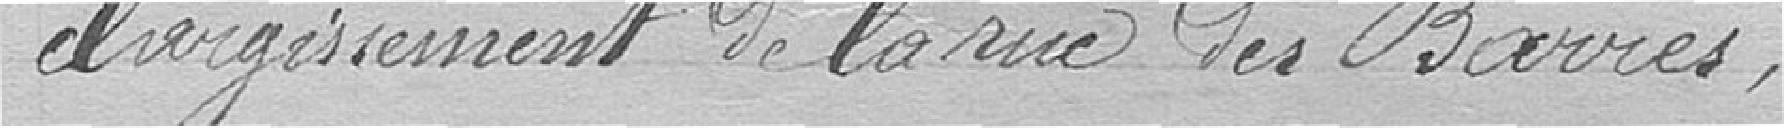
élargissement de la rue des Barres;